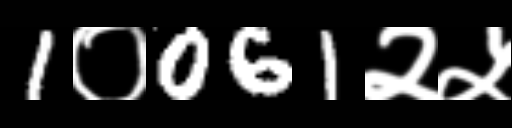
Text: 1०061२५